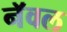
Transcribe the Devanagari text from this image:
नॅवल